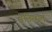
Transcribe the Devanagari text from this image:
वनिस्पत